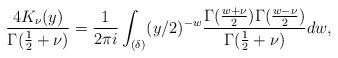
LaTeX: \begin{align*}\frac{4 K_{\nu}(y)}{\Gamma(\frac12 + \nu)} = \frac{1}{2 \pi i} \int_{(\delta)} (y/2)^{-w} \frac{\Gamma(\frac{w+\nu}{2}) \Gamma(\frac{w-\nu}{2})}{\Gamma(\frac12 + \nu)} dw,\end{align*}